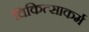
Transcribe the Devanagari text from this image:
चिकित्साकर्म